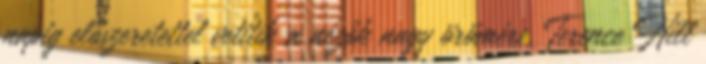
napig előszeretettel vetítik a nézők nagy örömére. Terence Hill